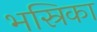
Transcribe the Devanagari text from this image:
भस्रिका